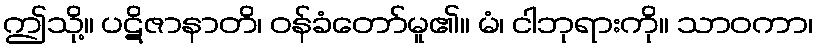
ဤသို့။ ပဋိဇာနာတိ၊ ဝန်ခံတော်မူ၏။ မံ၊ ငါဘုရားကို။ သာဝကာ၊